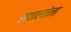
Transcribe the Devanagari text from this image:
सवालांना